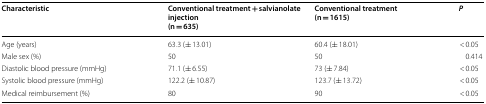
| Characteristic | Conventional treatment + salvianolate injection(n = 635) | Conventional treatment(n = 1615) | P |
 | --- | --- | --- | --- |
 | Age (years) | 63.3 (± 13.01) | 60.4 (± 18.01) | < 0.05 |
 | Male sex (%) | 50 | 50 | 0.414 |
 | Diastolic blood pressure (mmHg) | 71.1 (± 6.55) | 73 (± 7.84) | < 0.05 |
 | Systolic blood pressure (mmHg) | 122.2 (± 10.87) | 123.7 (± 13.72) | < 0.05 |
 | Medical reimbursement (%) | 80 | 90 | < 0.05 |